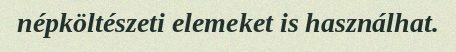
népköltészeti elemeket is használhat.